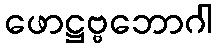
ဖောဋ္ဌဗ္ဗဘောဂါ